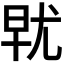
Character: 𰍯